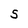
Character: S